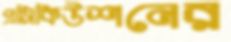
প্রসিকিউশনের